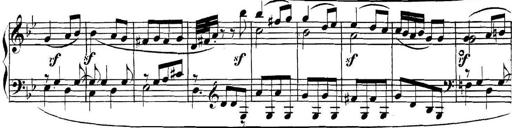
Title: Collected Piano Sonatas
Composer: Muzio Clementi